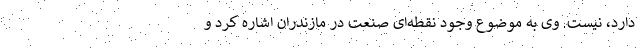
دارد، نیست. وی به موضوع وجود نقطه‌ای صنعت در مازندران اشاره کرد و